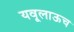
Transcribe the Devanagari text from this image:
यवूलाऊच